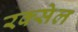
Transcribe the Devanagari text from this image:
रक्सेल